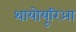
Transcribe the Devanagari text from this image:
थायोयूरिआ